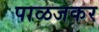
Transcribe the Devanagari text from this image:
पाळजकर